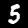
Label: 5